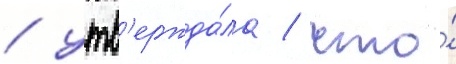
/ утв'ержда́ла / что́